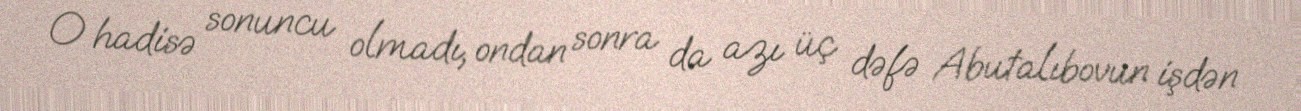
O hadisə sonuncu olmadı, ondan sonra da azı üç dəfə Abutalıbovun işdən